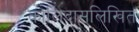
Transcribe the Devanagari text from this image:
कालिदासलिखित